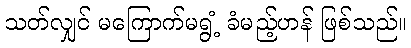
သတ်လျှင် မကြောက်မရွံ့ ခံမည့်ဟန် ဖြစ်သည်။